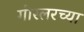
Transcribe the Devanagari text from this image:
गोस्लरच्या